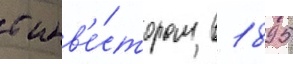
с инв'е́стором в 1895